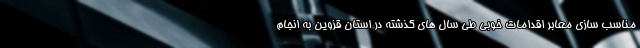
مناسب سازی معابر اقدامات خوبی طی سال های گذشته در استان قزوین به انجام